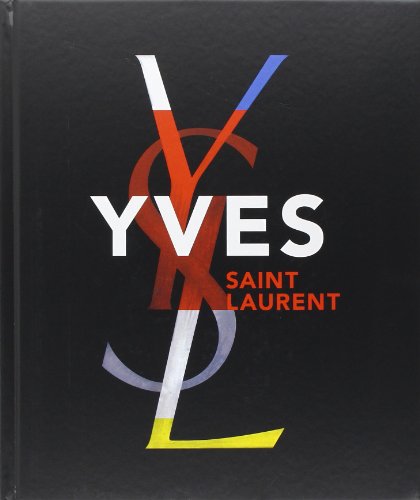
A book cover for Yves Saint Laurent; Florence Chenoune, Farid Muller; Arts & Photography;